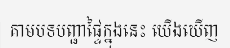
តាមបទបញ្ជាផ្ទៃក្នុងនេះ យើងឃើញ